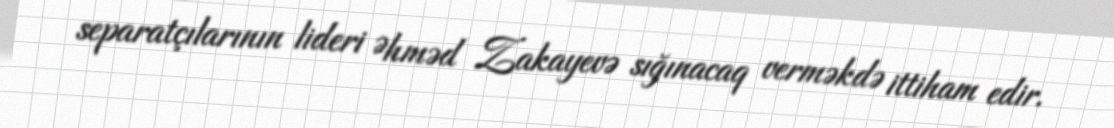
separatçılarının lideri Əhməd Zakayevə sığınacaq verməkdə ittiham edir.